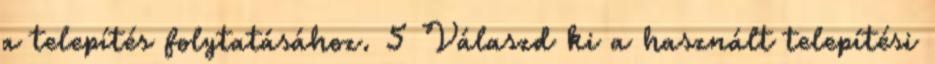
a telepítés folytatásához. 5 Válaszd ki a használt telepítési